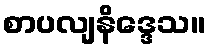
စာပလျနိဒ္ဒေသ။